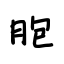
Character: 胞